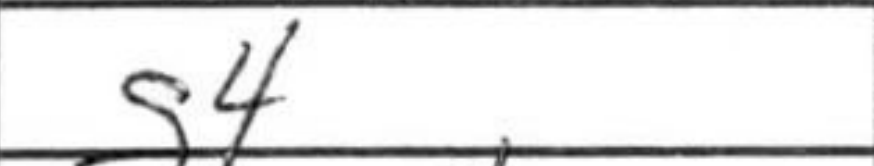
Transcription: g4